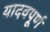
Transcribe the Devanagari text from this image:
यादवपूर्ण